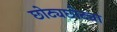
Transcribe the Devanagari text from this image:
छोट्यछोट्या